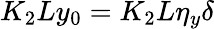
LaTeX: K_{2}Ly_{0}=K_{2}L\eta_{y}\delta